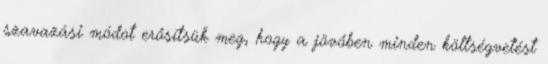
szavazási módot erősítsük meg, hogy a jövőben minden költségvetést